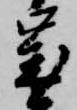
歳